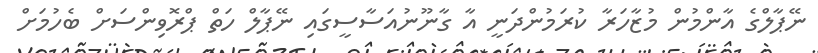
ނޭޕާލްގެ އާންމުން މުޒާހަރާ ކުރަމުންދަނީ އާ ގާނޫނުއަސާސީގައި ނޭޕާލް ހަތް ޕްރޮވިންސަށް ބެހުމަށް